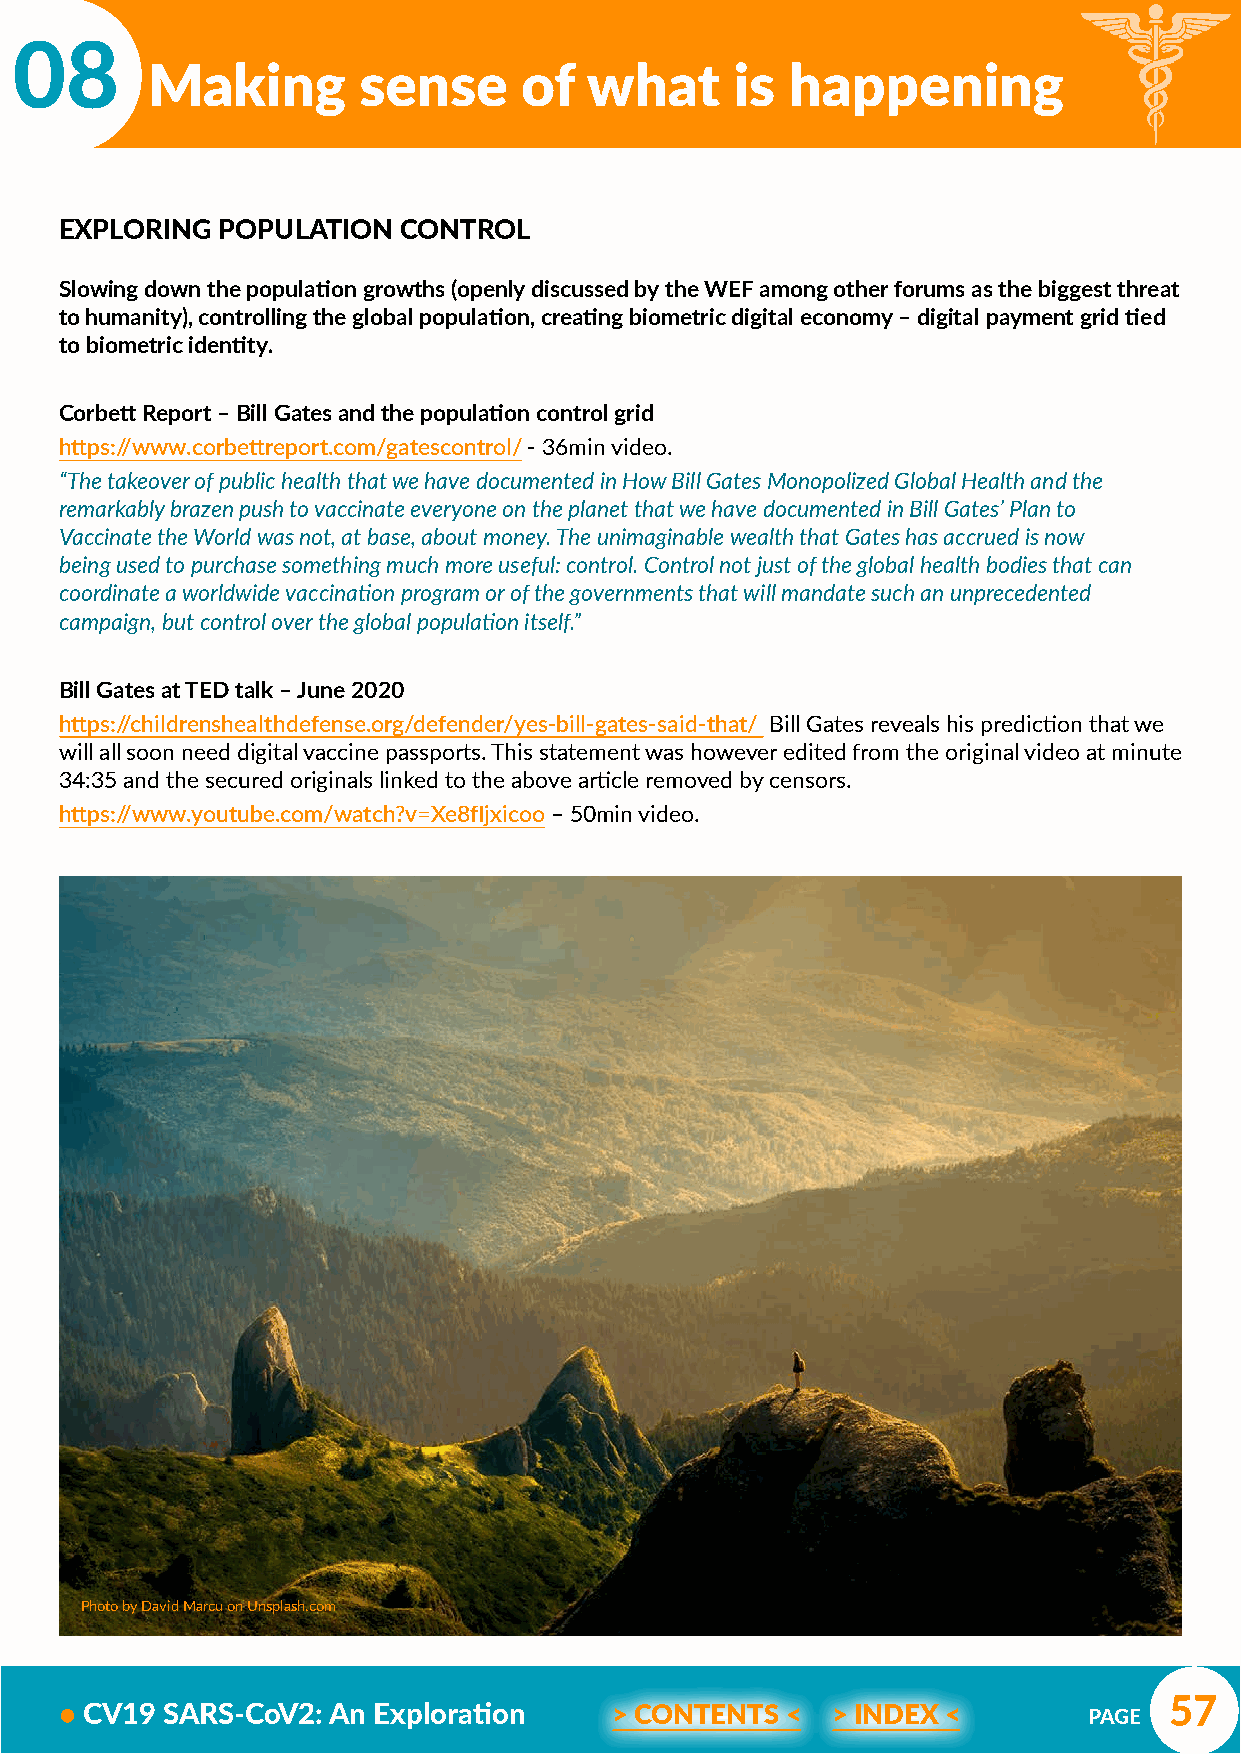
08
 Making        sense     of   what      is happening
 EXPLORING POPULATION  CONTROL
 Slowing down the population growths (openly discussed by the WEF among other forums as the biggest threat
 to humanity), controlling the global population, creating biometric digital economy – digital payment grid tied
 to biometric identity.
 Corbett Report – Bill Gates and the population control grid
 https://www.corbettreport.com/gatescontrol/ - 36min video.
 “The takeover of public health that we have documented in How Bill Gates Monopolized Global Health and the
 remarkably brazen push to vaccinate everyone on the planet that we have documented in Bill Gates’ Plan to
 Vaccinate the World was not, at base, about money. The unimaginable wealth that Gates has accrued is now
 being used to purchase something much more useful: control. Control not just of the global health bodies that can
 coordinate a worldwide vaccination program or of the governments that will mandate such an unprecedented
 campaign, but control over the global population itself.”
 Bill Gates at TED talk – June 2020
 https://childrenshealthdefense.org/defender/yes-bill-gates-said-that/ Bill Gates reveals his prediction that we
 will all soon need digital vaccine passports. This statement was however edited from the original video at minute
 34:35 and the secured originals linked to the above article removed by censors.
 https://www.youtube.com/watch?v=Xe8fIjxicoo – 50min video.
 Photo by David Marcu on Unsplash.com
 57
 • CV19 SARS-CoV2: An Exploration     > CONTENTS <  > INDEX <        PAGE